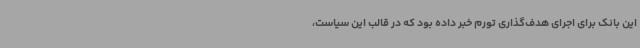
این بانک برای اجرای هدف‌گذاری تورم خبر داده بود که در قالب این سیاست،